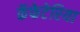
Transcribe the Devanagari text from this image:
कॅफेटेरिया